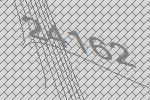
24162